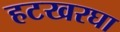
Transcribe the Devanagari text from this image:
हटखरघा